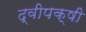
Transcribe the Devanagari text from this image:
द्वीपक्षी